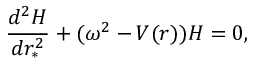
\frac { d ^ { 2 } H } { d r _ { * } ^ { 2 } } + ( \omega ^ { 2 } - V ( r ) ) H = 0 ,